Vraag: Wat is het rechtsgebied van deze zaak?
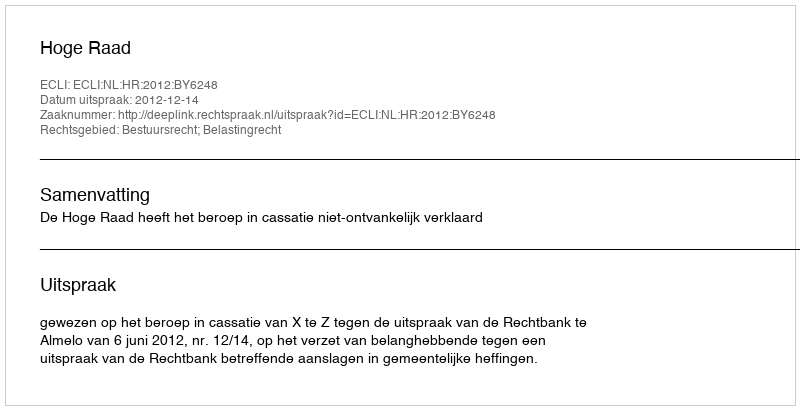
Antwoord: Bestuursrecht; Belastingrecht